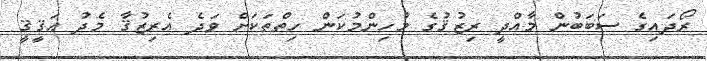
ރޯދައިގެ ސަބަބުން މާއްދީ ރިޒުޤުގެ މުހިންމުކަން ހިތްތަކަށް ވަދެ އެރިޒުޤާ މެދު ޙަޤީޤީ